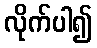
လိုက်ပါ၍